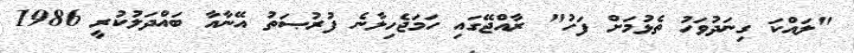
"ލައްކަ ގިނަދުވަހު ތެޅުމަށް ފަހު" ރާއްޖޭގައި ހަމަޖެހިލާނެ ފުރުޞަތު އޭނާއާ ބައްދަލުކުރީ 1986